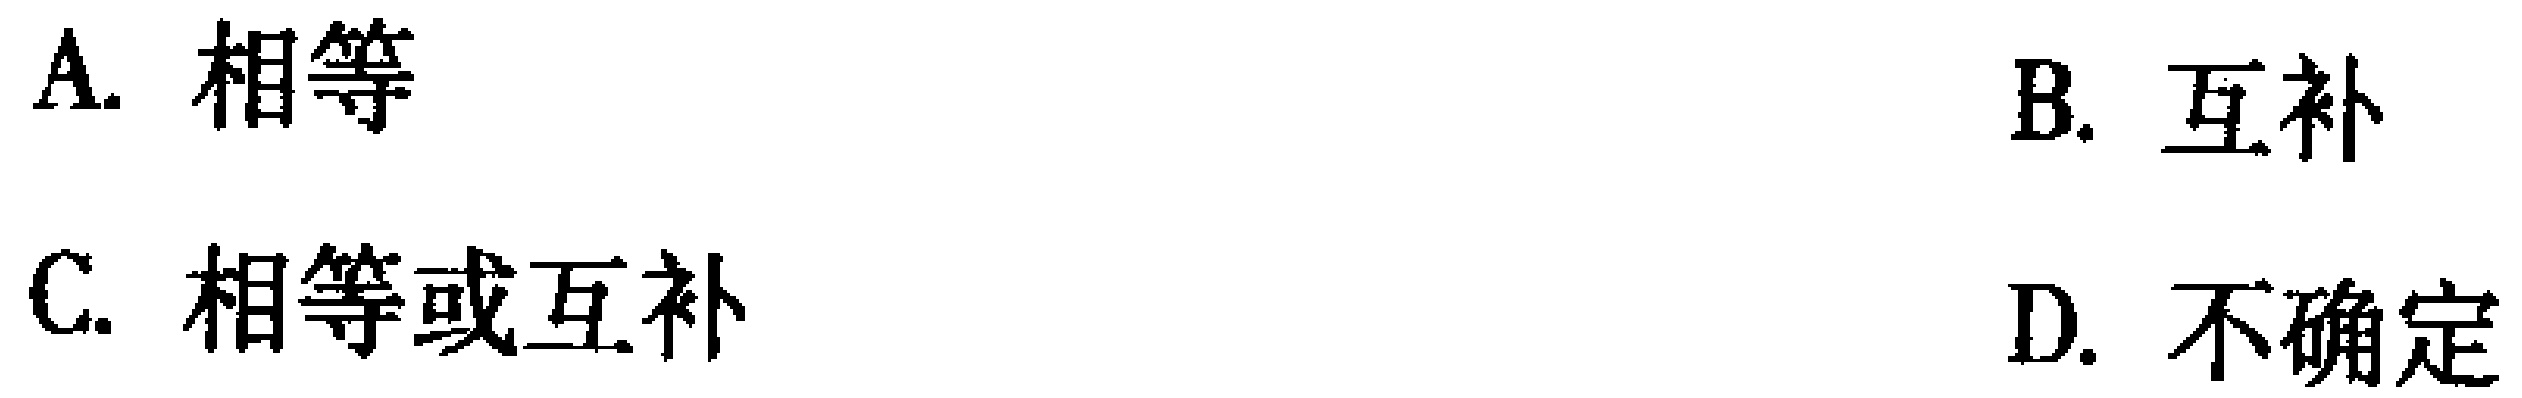
A. 相等
B. 互补
C. 相等或互补
D. 不确定